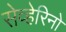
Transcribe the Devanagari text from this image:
सेव्हेरिनो